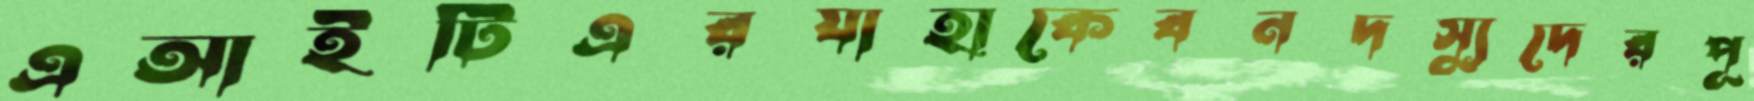
এআইটিএরযাহাকেবনদস্যুদেরপূ